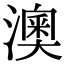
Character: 澳